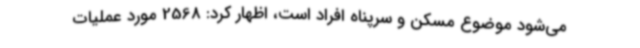
می‌شود موضوع مسکن و سرپناه افراد است، اظهار کرد: 2568 مورد عملیات